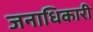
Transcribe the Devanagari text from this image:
जनाधिकारी